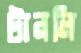
টানলি